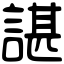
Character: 諶